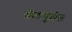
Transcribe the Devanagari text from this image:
खेळापुढील